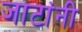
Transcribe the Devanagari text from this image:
जाटांनी